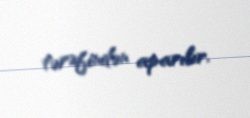
tərəfindən aparılır.